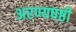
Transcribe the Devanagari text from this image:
अरण्यषष्ठी